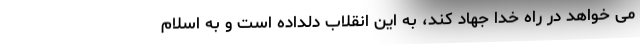
می خواهد در راه خدا جهاد کند، به این انقلاب دلداده است و به اسلام